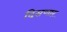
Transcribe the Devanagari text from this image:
दिसणारं